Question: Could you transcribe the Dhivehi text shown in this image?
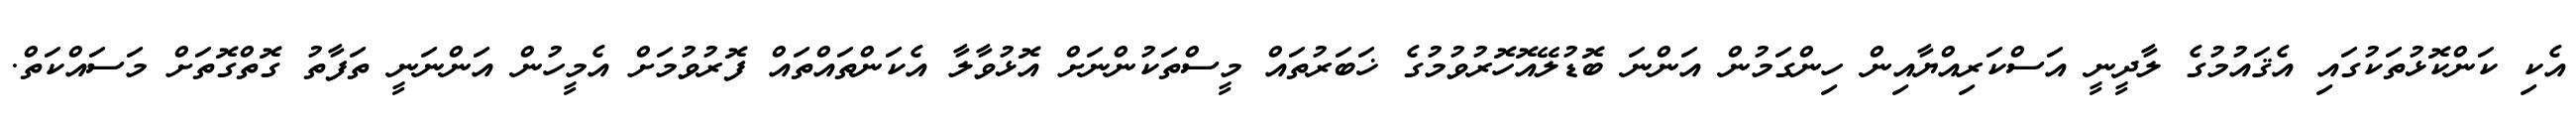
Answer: އެކި ކަންކޮޅުތަކުގައި އެޤައުމުގެ ލާދީނީ އަސްކަރިއްޔާއިން ހިންގަމުން އަންނަ ބޮޑުލޭއޮހޮރުވުމުގެ ޚަބަރުތައް މީސްތަކުންނަށް އޮޅުވާލާ އެކަންތައްތައް ފޮރުވުމަށް އެމީހުން އަންނަނީ ތަފާތު ގޮތްގޮތަށް މަސައްކަތް.